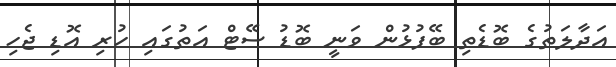
އަދާލަތުގެ ބޮޑެތި ބޭފުޅުން ވަނީ ބޮޑު ސޭޓް އަތުގައި ހުރި އޮޑި ޖެހި